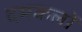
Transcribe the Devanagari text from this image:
दमकलों